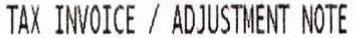
TAX INVOICE / ADJUSTMENT NOTE